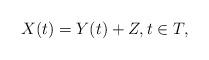
LaTeX: \begin{align*}X(t) = Y(t) + Z, t \in T,\end{align*}